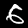
Digit: 6